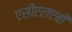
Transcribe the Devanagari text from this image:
एसीएलएबी